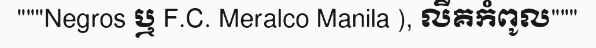
"""Negros ឬ F.C. Meralco Manila ), លីគកំពូល"""